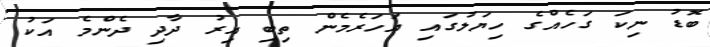
ބޮޑު ނިކަ ގަހެއްގެ ހިޔަލުގައި އަހަރެމެން ތިބި އިރު ދާދި ދެންމެ އަކު